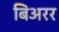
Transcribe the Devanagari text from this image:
बिअरर